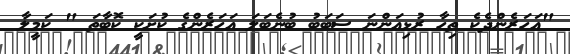
"އަހަރެންދެކެ ތިހާ ރުޅިއަންނަ ސަބަބު ބުނެބަލަ އަހަރެންގެ ކުށަކީ ކޮބާތަ " ކަމީލާ